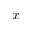
x